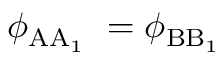
\phi _ { \mathrm { A A _ { 1 } } } ~ = \phi _ { \mathrm { B B _ { 1 } } }